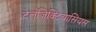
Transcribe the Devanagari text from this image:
टेलेंजिक्टियासियस